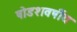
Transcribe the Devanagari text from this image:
षोडशवर्षीय